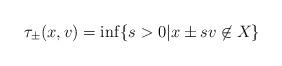
LaTeX: \begin{align*} \tau_\pm(x,v) = \inf \{s>0 | x\pm sv \not\in X\}\end{align*}